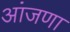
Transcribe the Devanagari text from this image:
आंजणा